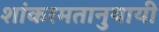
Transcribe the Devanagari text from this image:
शांकरमतानुयायी